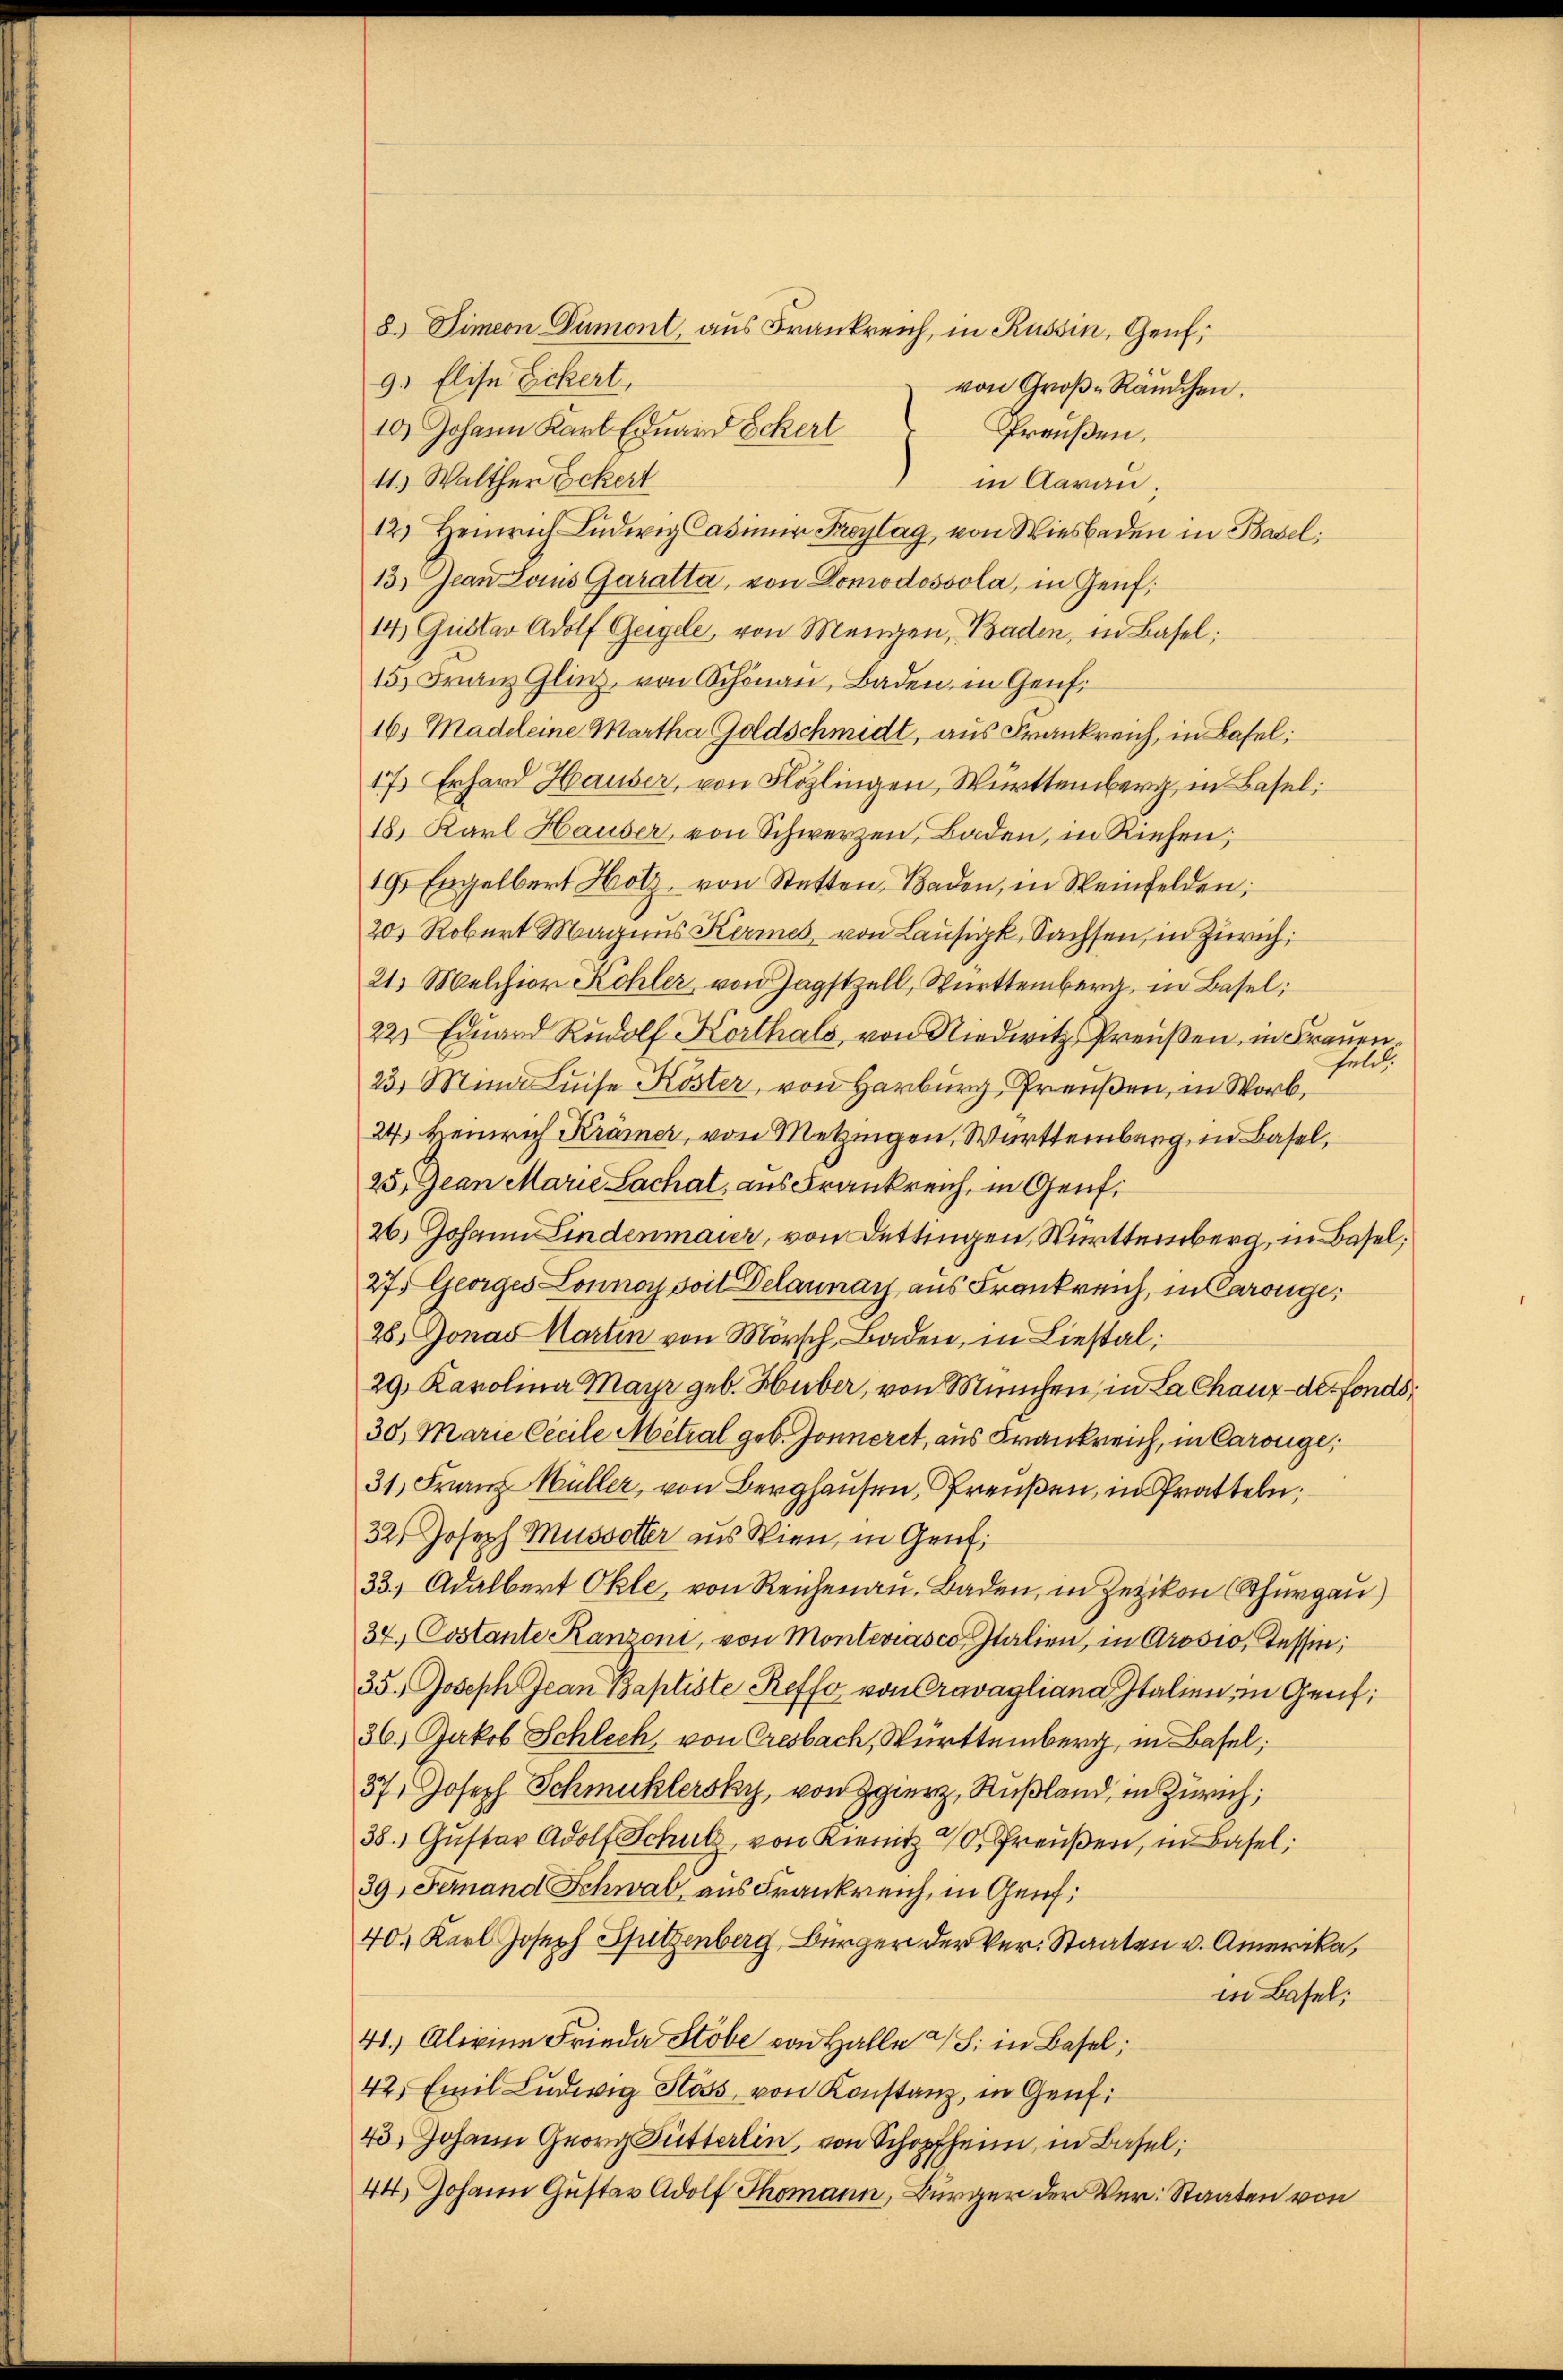
9. Elise Eckert,
von Groß-Rändchen.
10.) Johann Karl Eduard Eckert
Preußen,
11.) Walther Eckert
in Aarau,
12) Heinrich Lŭdwig Casimir Freytag, von Wiesbaden in Basel;
13) Jean Laus Garatta, von Domodosoola, in Genf,
14 Gustav Adolf Geigele, von Mengen, Baden, in Basel;
15.) Franz Glinz, von Schönau, Baden, in Genf.
16. Madeleine Martha Goldschmidt, aus Frankreich, in Basel;
17 Erhard Hauser, von Flözlingen, Württemberg, in Basel:
18. Karl Hauser, von Schwerzen, Baden, in Riehen;
1 Engelbert Hotz, von Stetten, Baden, in Weinfelden;
20. Robert Maraŭs Kermes von Lausick, Sachsen, in Zürich,
21.) Melchior Kohler von Jagstzell, Württemberg, in Basel;
22 Edŭard Rŭdolf Korthals, von Niedwitz Preŭβen, in Frauen.
felch
23. Mina Luise Köster, von Harburg, Preußen, in Worb,
24.) Heinrich Krämer, von Metzingen, Württemberg, in Basel,
25. Jean Marie Lachal, aus Frankreich, in Genf
26. Johann Lindenmaier, von Dettingen, Württemberg, in Basel,
27) Georges Lonnoy soit Delannach aus Frankreich, in Caronge
28. Jonas Karten von Mörsch Baden, in Liestal
29 Karolina Mayr geb. Huber, von München, in La Chaux-der Fonds
30. Marie Cecile Metral geb. Gonneret, aus Frankreich, in Carouge,
31, Franz Müller, von Berghausen, Preußen, in Pratteln;
32. Joseph Mussetter aus Wien, in Genf,
33.) Adalbert Okle, von Reichenau. Baden, in Zezikon (Thurgau)
34.) Costante Kantoni, von Monterrasco, Italien, in Grosio, Tessin;
35.  Joseph Jean Baptiste Reffo von Cravagliana Italien, in Genf,
36.) Jakob Schlech, von Cresbach, Württemberg, in Basel;
371 Joseph Schmucklersky, von Herz, Rußland, in Zürich,
38.) Gustav Adolf Schulz, von Kienitz 10 Preußer, in Basel;
39, Finand Schwab, aus Frankreich, in Genf
40. Karl Joseph Spitzenberg, Bürger der Ver-Staaten v. Amerika,
in Basel;
41.) Alivine Frieda Stobe von Halle a S. in Basel;
42) Emil Ludwig Hass, von Konstanz, in Genf
43) Johann Georg Butterlin, von Schopfheim, in Basel;
44) Johann Gustav Adolf Thomann, Bürger der Ver: Staaten von

8. Simeon Dumont, aus Frankreich, in Russin, Genf,